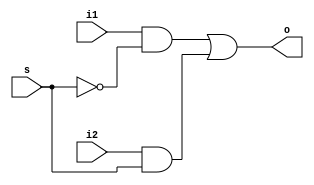
`timescale 1ns / 1ps

module mux(o,i1,i2,s);                  //2x1 MUX
input i1,i2,s;
output o;
wire x1,x2,sc;
not(sc,s);
and(x1,i1,sc);
and(x2,i2,s);
or(o,x1,x2);
endmodule